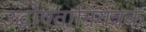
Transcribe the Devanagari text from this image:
उद्घोषतानियंत्रक